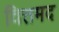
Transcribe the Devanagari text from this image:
वित्तमद